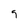
Character: 9